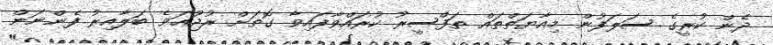
ދެން ކުރީގެ ސަލަފުން މިއާޔަތްތައް ތަފްސީރު ކުރައްވާފައިވާ ގޮތަށް ރުޖޫޢަވެ ބަލާއިރު ފެންނަން